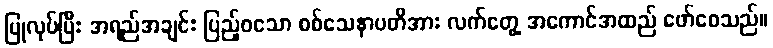
ပြုလုပ်ပြီး အရည်အချင်း ပြည့်ဝသော စစ်သေနာပတိအား လက်တွေ့ အကောင်အထည် ဖော်စေသည်။